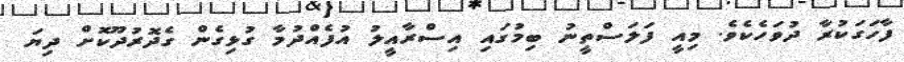
ފާހަގަކުރާ ދުވަހެކެވެ. މިއީ ފަލަސްތީނު ބިމުގައި އިސްރާއީލު އުފެއްދުމާ ގުޅިގެން ގެދޮރުދޫކޮށް ދިޔަ